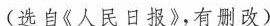
(选自《人民日报》，有删改)